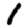
Digit: 1